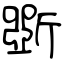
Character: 斲